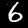
Digit: 6